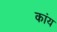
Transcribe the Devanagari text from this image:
कांय